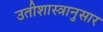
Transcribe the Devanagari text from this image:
उतीशास्त्रानुसार